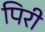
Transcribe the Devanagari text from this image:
पिरी